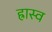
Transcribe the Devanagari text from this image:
ह्रास्व